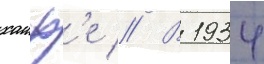
хаиф'е // В 1934